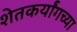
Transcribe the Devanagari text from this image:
शेतकर्यांगच्या